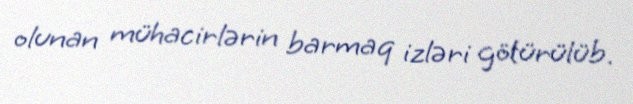
olunan mühacirlərin barmaq izləri götürülüb.